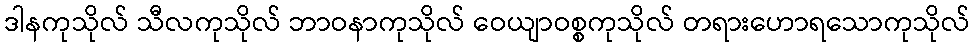
ဒါနကုသိုလ် သီလကုသိုလ် ဘာဝနာကုသိုလ် ဝေယျာဝစ္စကုသိုလ် တရားဟောရသောကုသိုလ်